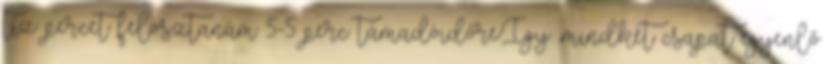
tíz percet felosztanám 5-5 perc támadóidőre.Így ,mindkét csapat egyenlő